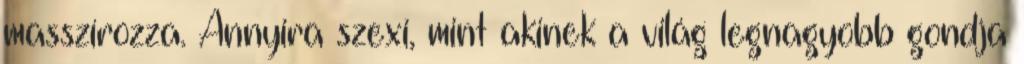
masszírozza. Annyira szexi, mint akinek a világ legnagyobb gondja